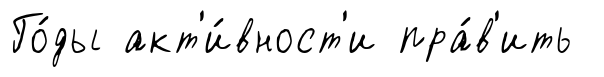
Го́ды акт'и́вност'и пра́в'ить